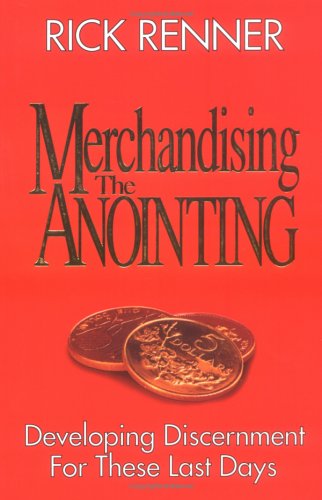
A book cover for Merchandising the Anointing:; Rick Renner; Christian Books & Bibles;